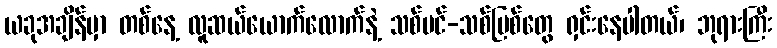
ယခုအချိန်မှာ တစ်နေ့ လူဆယ်ယောက်လောက်နဲ့ သစ်ပင်-သစ်မြစ်တွေ ရှင်းနေပါတယ်၊ ဘုရားကြီး